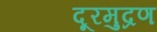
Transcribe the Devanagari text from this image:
दूरमुद्रण